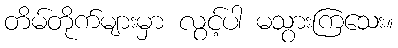
တိမ်တိုက်များမှာ လွင့်ပါ မသွားကြသေး။